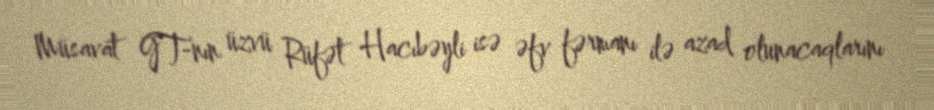
Müsavat GT-nın üzvü Rüfət Hacıbəyli isə əfv fərmanı ilə azad olunacaqlarını